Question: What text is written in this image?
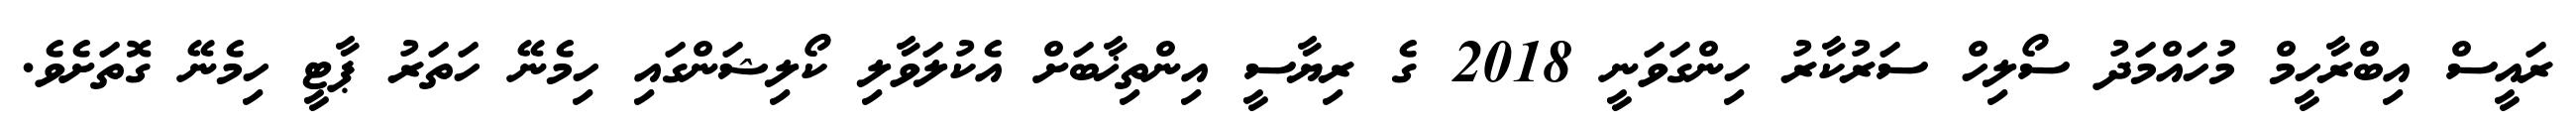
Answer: ރައީސް އިބްރާހީމް މުހައްމަދު ސޯލިހް ސަރުކާރު ހިންގަވަނީ 2018 ގެ ރިޔާސީ އިންތިޚާބަށް އެކުލަވާލި ކޯލިޝަންގައި ހިމެނޭ ހަތަރު ޕާޓީ ހިމެނޭ ގޮތަށެވެ.